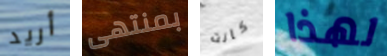
أريد بمنتهى كانت لهذا